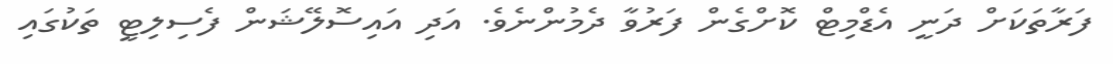
ފަރާތަކަށް ދަނީ އެޑްމިޓް ކޮށްގެން ފަރުވާ ދެމުންނެވެ. އަދި އައިސޮލޭޝަން ފެސިލިޓީ ތަކުގައި